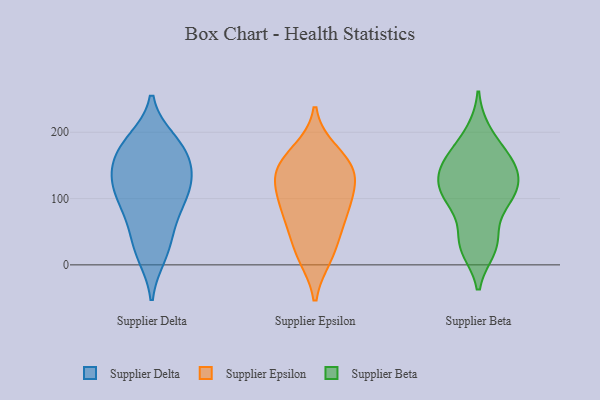
{"axis": {"x": "Production Output", "y": "Value"}, "legend": ["Supplier Beta", "Supplier Delta", "Supplier Epsilon"], "data": [{"x": "", "y": 162, "type": "Supplier Delta"}, {"x": "", "y": 72, "type": "Supplier Delta"}, {"x": "", "y": 21, "type": "Supplier Delta"}, {"x": "", "y": 86, "type": "Supplier Delta"}, {"x": "", "y": 122, "type": "Supplier Delta"}, {"x": "", "y": 132, "type": "Supplier Delta"}, {"x": "", "y": 167, "type": "Supplier Delta"}, {"x": "", "y": 92, "type": "Supplier Delta"}, {"x": "", "y": 134, "type": "Supplier Delta"}, {"x": "", "y": 183, "type": "Supplier Delta"}, {"x": "", "y": 15, "type": "Supplier Delta"}, {"x": "", "y": 187, "type": "Supplier Delta"}, {"x": "", "y": 111, "type": "Supplier Delta"}, {"x": "", "y": 42, "type": "Supplier Delta"}, {"x": "", "y": 177, "type": "Supplier Delta"}, {"x": "", "y": 129, "type": "Supplier Delta"}, {"x": "", "y": 14, "type": "Supplier Epsilon"}, {"x": "", "y": 51, "type": "Supplier Epsilon"}, {"x": "", "y": 86, "type": "Supplier Epsilon"}, {"x": "", "y": 130, "type": "Supplier Epsilon"}, {"x": "", "y": 85, "type": "Supplier Epsilon"}, {"x": "", "y": 170, "type": "Supplier Epsilon"}, {"x": "", "y": 18, "type": "Supplier Epsilon"}, {"x": "", "y": 136, "type": "Supplier Epsilon"}, {"x": "", "y": 147, "type": "Supplier Epsilon"}, {"x": "", "y": 156, "type": "Supplier Epsilon"}, {"x": "", "y": 123, "type": "Supplier Epsilon"}, {"x": "", "y": 81, "type": "Supplier Epsilon"}, {"x": "", "y": 135, "type": "Supplier Beta"}, {"x": "", "y": 28, "type": "Supplier Beta"}, {"x": "", "y": 200, "type": "Supplier Beta"}, {"x": "", "y": 24, "type": "Supplier Beta"}, {"x": "", "y": 43, "type": "Supplier Beta"}, {"x": "", "y": 142, "type": "Supplier Beta"}, {"x": "", "y": 108, "type": "Supplier Beta"}, {"x": "", "y": 104, "type": "Supplier Beta"}, {"x": "", "y": 168, "type": "Supplier Beta"}, {"x": "", "y": 145, "type": "Supplier Beta"}, {"x": "", "y": 160, "type": "Supplier Beta"}, {"x": "", "y": 97, "type": "Supplier Beta"}, {"x": "", "y": 103, "type": "Supplier Beta"}]}